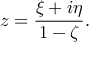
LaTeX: z = { \frac { \xi + i \eta } { 1 - \zeta } } .